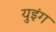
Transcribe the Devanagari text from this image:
युइंग